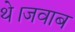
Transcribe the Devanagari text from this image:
थे।जवाब